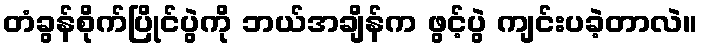
တံခွန်စိုက်ပြိုင်ပွဲကို ဘယ်အချိန်က ဖွင့်ပွဲ ကျင်းပခဲ့တာလဲ။